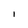
Character: I